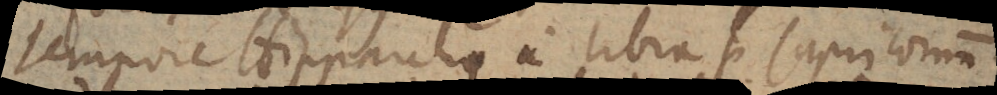
tempore Hipparchi a Libra per Capricornum